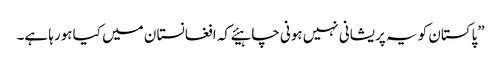
”پاکستان کو یہ پریشانی نہیں ہونی چاہیئے کہ افغانستا ن میں کیا ہورہا ہے۔